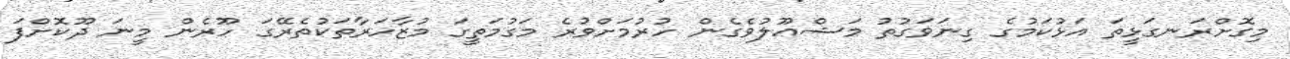
މިގޮށްރަނގަޅީތަ އަޅުކަމުގެ ގިނަވަގުތު މަޝްޢޫލުވެގެން ހުރުމަށްވުރެ މަގުމަތީގަ މުޒާހަރާތަކުތެރޭގަ ހޫރެން މީނަ ދޫކޮށްފަ